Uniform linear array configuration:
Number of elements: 8
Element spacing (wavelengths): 1
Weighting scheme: uniform
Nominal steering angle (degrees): -45
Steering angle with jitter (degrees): -43.758
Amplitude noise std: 0.05
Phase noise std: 0.05

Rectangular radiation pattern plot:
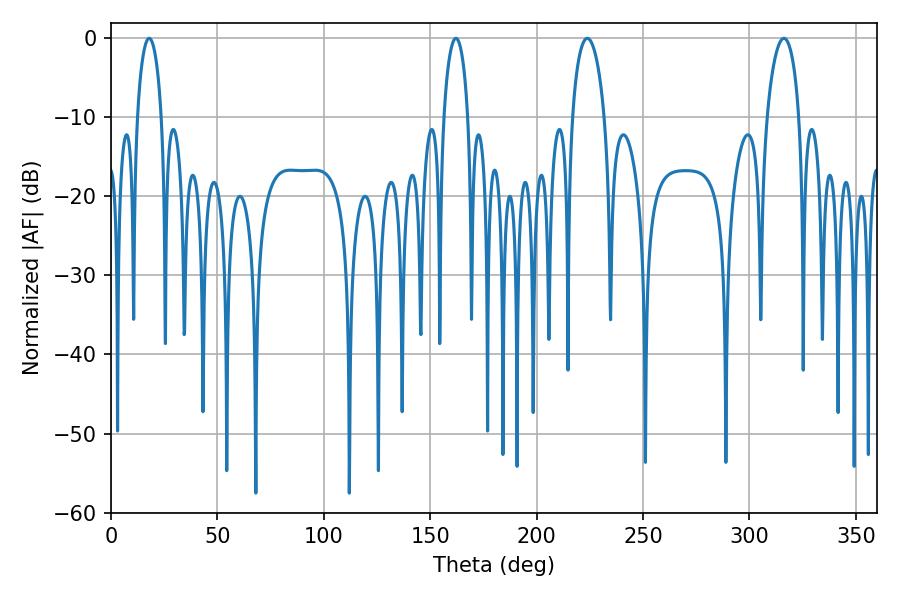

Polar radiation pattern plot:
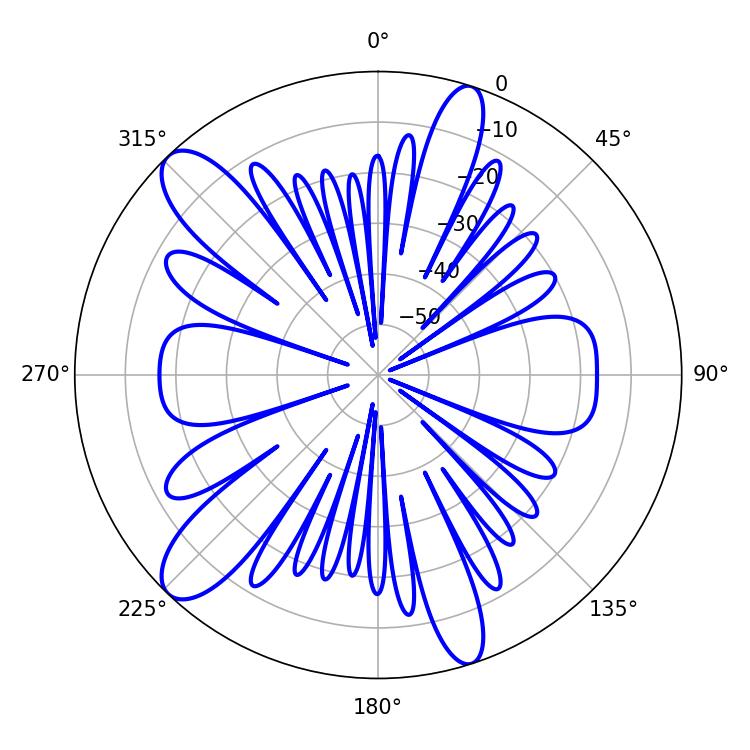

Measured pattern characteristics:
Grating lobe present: TRUE
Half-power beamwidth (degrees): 8.64
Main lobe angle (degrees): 223.74